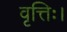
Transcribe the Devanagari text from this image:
वृत्तिः।